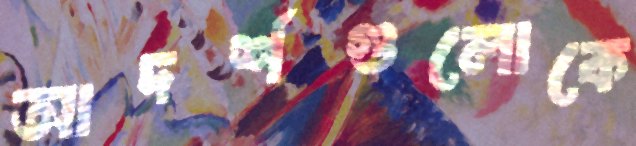
আদর্শগুলোকে